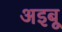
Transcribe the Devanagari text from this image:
अइबू